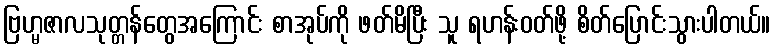
ဗြဟ္မဇာလသုတ္တန်တွေအကြောင်း စာအုပ်ကို ဖတ်မိပြီး သူ ရဟန်းဝတ်ဖို့ စိတ်ပြောင်းသွားပါတယ်။